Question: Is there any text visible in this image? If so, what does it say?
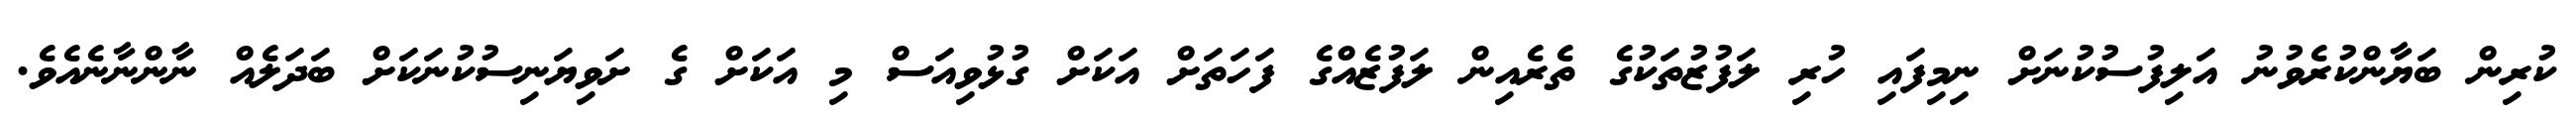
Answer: ކުރިން ބަޔާންކުރެވުނު އަލިފުސުކުނަށް ނިމިފައި ހުރި ލަފުޒުތަކުގެ ތެރެއިން ލަފުޒެއްގެ ފަހަތަށް އަކަށް ގުޅުވިއަސް މި އަކަށް ގެ ށަވިޔަނިސުކުނަކަށް ބަދަލެއް ނާންނާނެއެވެ.